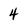
Character: 4